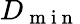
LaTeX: D_{\mathrm{~m~i~n~}}